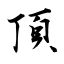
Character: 頂